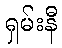
ရှမ်းနီ